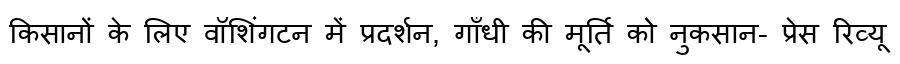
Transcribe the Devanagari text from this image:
किसानों के लिए वॉशिंगटन में प्रदर्शन, गाँधी की मूर्ति को नुकसान- प्रेस रिव्यू